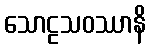
သောဠသဝဿာနိ